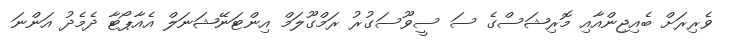
ވެރިރަށް ބެއިޖިންއާއި މޮރިޝަސްގެ ސަ ސީވޫސަގުރު ރަމްގޫލަމް އިންޓަނޭޝަނަލް އެއާޕޯޓާ ދެމެދު އަންނަ